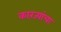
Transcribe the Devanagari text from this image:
कारंज्यांचा